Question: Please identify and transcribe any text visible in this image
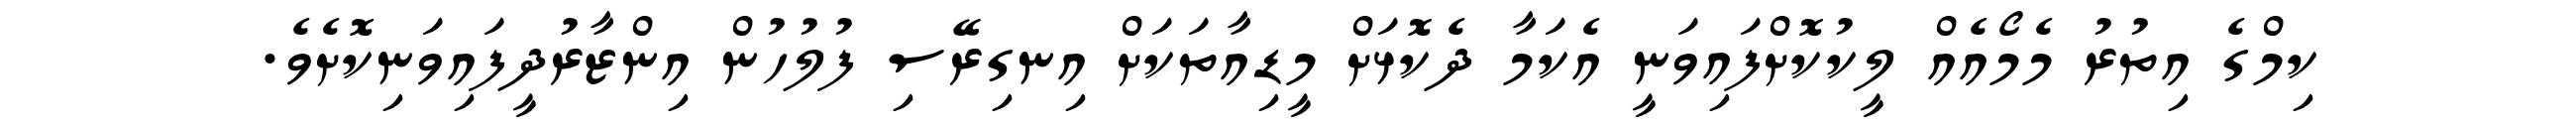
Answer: ކިމްގެ އިތުރު މެމޯއެއް ލީކުކޮށްފައިވަނީ އެކަމާ ދެކޮޅަށް މީޑިއާތަކަށް އިނގިރޭސި ފުލުހުން އިންޒާރުދީފައިވަނިކޮށެވެ.